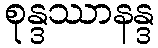
စုန္ဒဿာနန္ဒ